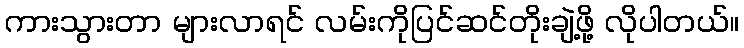
ကားသွားတာ များလာရင် လမ်းကိုပြင်ဆင်တိုးချဲ့ဖို့ လိုပါတယ်။